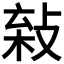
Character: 𢽫